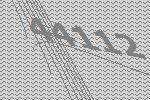
44112